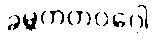
ခမ္ဘကတဝဂ္ဂေါ